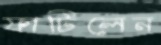
ফাটিলেন